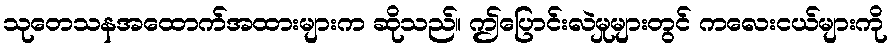
သုတေသနအထောက်အထားများက ဆိုသည်။ ဤပြောင်းလဲမှုများတွင် ကလေးငယ်များကို